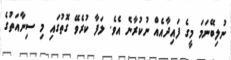
ނުލިބޭނަމަ މީގެ ފައިދާއެއް ނުކުރާނެ އެވެ. ލަފާ ކުރެވޭ ގޮތުގައި މި ސިނާއަތުގެ